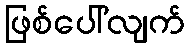
ဖြစ်ပေါ်လျက်